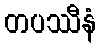
တပဿီနံ